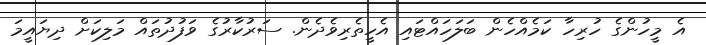
އެ މީހުންގެ ހުރިހާ ކަމެއްހެން ބަލަހައްޓައި އެހީތެރިވެދެން. ސަރުކާރުގެ ވަފުދުތައް މަލިކަށް ދިޔައީމަ